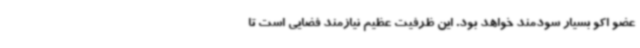
عضو اکو بسیار سودمند خواهد بود. این ظرفیت عظیم نیازمند فضایی است تا